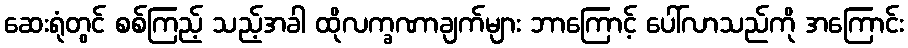
ဆေးရုံတွင် စစ်ကြည့် သည့်အခါ ထိုလက္ခဏာချက်များ ဘာကြောင့် ပေါ်လာသည်ကို အကြောင်း